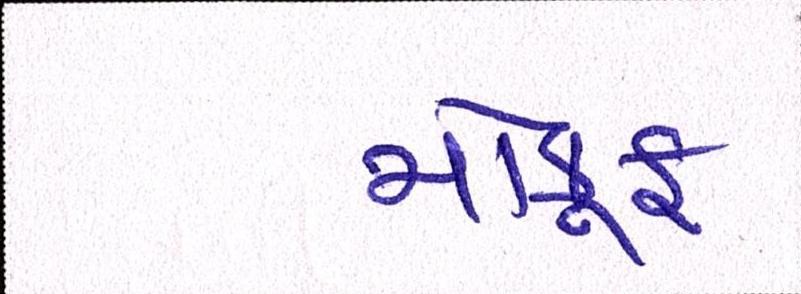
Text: મોકૂફ